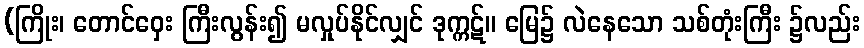
(ကြိုး၊ တောင်ဝှေး ကြီးလွန်း၍ မလှုပ်နိုင်လျှင် ဒုက္ကဋ်။ မြေ၌ လဲနေသော သစ်တုံးကြီး ၌လည်း